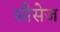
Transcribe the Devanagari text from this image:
सौसेज